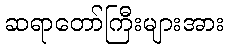
ဆရာတော်ကြီးများအား